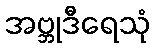
အဗ္ဘုဒီရေသုံ